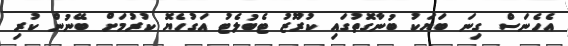
އެހެނަސް ގިނަ ބަޔަކު ބުނާގޮތުގައި ކުރޫޒު ޓެބުލެޓު އަގުހެޔޮ ކުރުމަށް ބޭނުން ކުރި